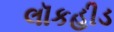
લૉકહીડ